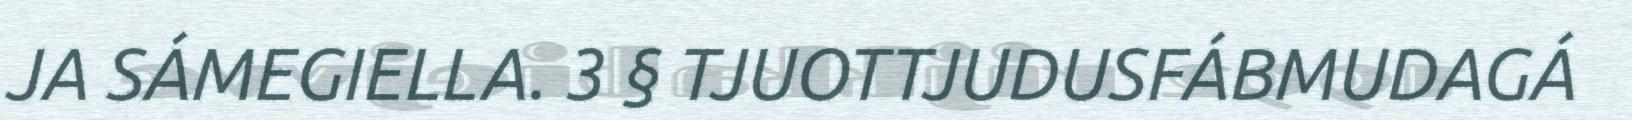
JA SÁMEGIELLA. 3 § TJUOTTJUDUSFÁBMUDAGÁ